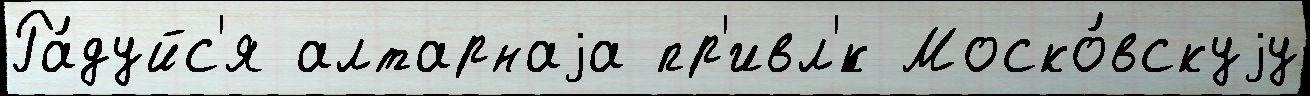
Ра́дуйс'я алтарнаjа пр'ивл'́к Моско́вскуjу